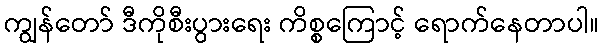
ကျွန်တော် ဒီကိုစီးပွားရေး ကိစ္စကြောင့် ရောက်နေတာပါ။